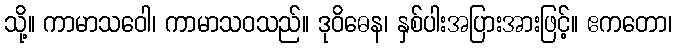
သို့။ ကာမာသဝေါ၊ ကာမာသဝသည်။ ဒုဝိဓေန၊ နှစ်ပါးအပြားအားဖြင့်။ ဧကတော၊